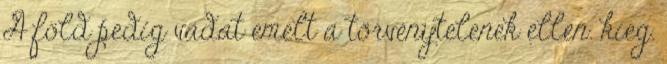
A föld pedig vádat emelt a törvénytelenek ellen. kieg.